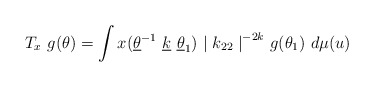
\begin{align*}T_x ~g(\theta) = \int x(\underline{\theta} ^{-1} ~\underline{k} ~\underline{\theta} _1 ) ~ {\mid k_{22} \mid }^{-2k} ~g (\theta _1) ~d \mu (u)\end{align*}